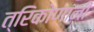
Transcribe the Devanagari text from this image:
त्रिकोणांनी